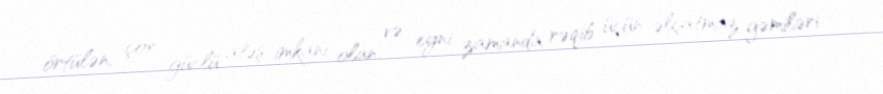
örtülən, çox güclü atəş imkanı olan və eyni zamanda rəqib üçün əlçatmaz gəmiləri